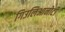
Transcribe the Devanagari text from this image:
गिउलिआनोटी